Civil Veterinary Dept. Bombay admin report 1907-1913 - 1907-1913
Year: 1907
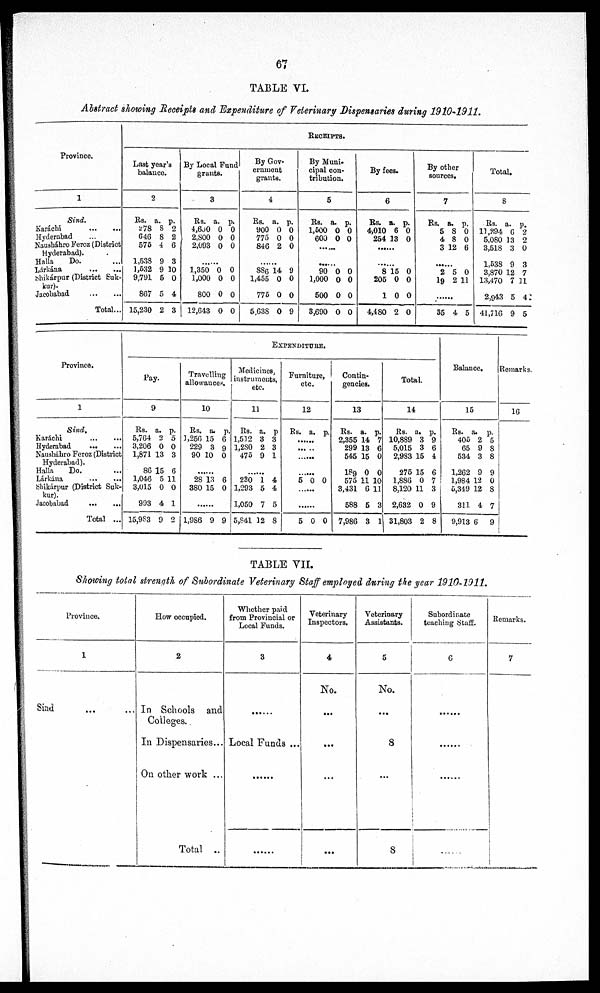
67
TABLE VI.
Abstract showing Receipts and Expenditure of Veterinary Dispensaries during 1910-1911.
Province.
1
Sind.
Karáchi
...
...
Hyderabad
Nausháhro Feroz (District
Hyderabad).
Halla
Do.
Lárkána
...
...
Shikárpur (District Suk-
kur).
Jacobabad
...
...
Total...
RECEIPTS.
Last year's
balance.
2
Rs. a. p.
278 8 2
646 8 2
575 4 6
1,538 9 3
1,532 9 10
9,791 5 0
867 5 4
15,230 2 3
By Local Fund
grunts.
3
Rs. a. p.
4,600 0 0
2,800 0 0
2,093 0 0
......
1,350 0 0
1,000 0 0
800 0 0
12,643 0 0
By Gov-
ernment
grants.
4
Rs. a. p.
900 0 0
775 0 0
846 2 0
......
886 14 9
1,455 0 0
775 0 0
5,638 0 9
By Muni-
cipal con-
tribution.
5
Rs. a. p.
1,500 0 0
600 0 0
......
......
90 0 0
1,000 0 0
500 0 0
3,690 0 0
By fees.
6
Rs. a. p.
4,010 6 0
254 13 0
......
......
8 15 0
205 0 0
10 0
4,480 2 0
By other
sources.
7
Rs. a. p.
5 8 0
4 8 0
3 12 6
......
2 5 0
19 2 11
......
35 4 5
Total.
8
Rs. a. p.
11,294 6 2
5,080 13 2
3,518 3 0
1,538 9 3
3,870 12 7
13,470 7 11
2,943 5 4
41,716 9 5
Province.
1
Sind.
Karachi
...
...
Hyderabad
...
...
Nausháhro Feroz (District
Hyderabad).
Halla
Do. ...
Lárkána
...
...
Shikárpur (District Suk-
kur).
Jacobabad
...
...
Total ...
EXPENDITURE.
Pay.
9
Rs. a. p.
5,764 2 5
3,206 0 0
1,871 13 3
86 15 6
1,046 5 11
3,015 0 0
993 4 1
15,983 9 2
Travelling
allowances.
10
Rs. a. p.
3,256 15 6
229 3 9
90 10 0
......
28 13 6
380 15 0
......
1,986 9 9
Medicines,
instruments,
etc.
11
Rs. a. p
1,512 3 3
1,2S0 2 3
475 9 1
......
230 1 4
1,293 5 4
1,050 7 5
5,841 12 8
Furniture,
etc.
12
Rs. a. p.
......
... ..
......
......
5 0 0
......
......
5 0 0
Contin-
gencies.
13
Rs. a. p.
2,355 14 7
299 13 6
545 15 0
189 0 0
575 11 10
3,431 6 11
588 5 3
7,986 3 1
Total.
14
Rs. a. p.
10,889 3 9
5,015 3 6
2,9S3 15 4
275 15 6
1,886 0 7
8,120 11 3
2,632 0 9
31,803 2 8
Balance.
15
Rs. a. p.
405 2 5
65 9 8
534 3 8
1,262 9 9
1,984 12 0
5,349 12 8
311 4 7
9,913 6 9
Remarks.
16
TABLE VII.
Showing total strength of Subordinate Veterinary Staff employed during the year 1910-1911.
Province.
1
Sind
How occupied.
2
In Schools and
Colleges.
In Dispensaries...
On other work ...
Total ..
Whether paid
from Provincial or
Local Funds.
3
......
Local Funds ...
......
......
Veterinary
Inspectors.
4
No.
...
...
...
...
Veternary
Assistants.
5
No.
...
8
...
8
Subordinate
teaching Staff.
6
......
......
......
......
Remarks.
7